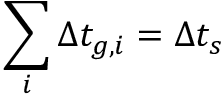
\sum _ { i } \Delta t _ { g , i } = \Delta t _ { s }